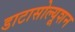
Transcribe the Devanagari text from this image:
डाटासोल्यूशन